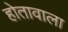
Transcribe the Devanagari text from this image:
होतावाला